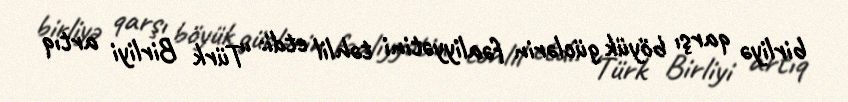
birliyə qarşı böyük güclərin fəaliyyətini təhlil etdi: “Türk Birliyi artıq